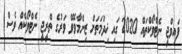
ފައިވްޖީ ނެޓްވޯކްތައް 2020 ގައި ޚިދުމަތަށް ޒިންމާވެވޭ ވަރުގެ ތްރީޖީ ނެޓްވޯކެއް ވެސް